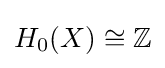
H_{0}(X)\cong \mathbb {Z}